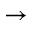
\rightarrow